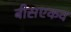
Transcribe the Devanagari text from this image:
बीसएकव